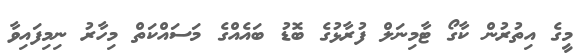
މީގެ އިތުރުން ކާގޯ ޓާމިނަލް ފުރާޅުގެ ބޮޑު ބައެއްގެ މަސައްކަތް މިހާރު ނިމިފައިވާ